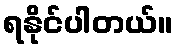
ရနိုင်ပါတယ်။